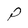
Character: P